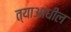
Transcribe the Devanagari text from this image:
त्याआधील